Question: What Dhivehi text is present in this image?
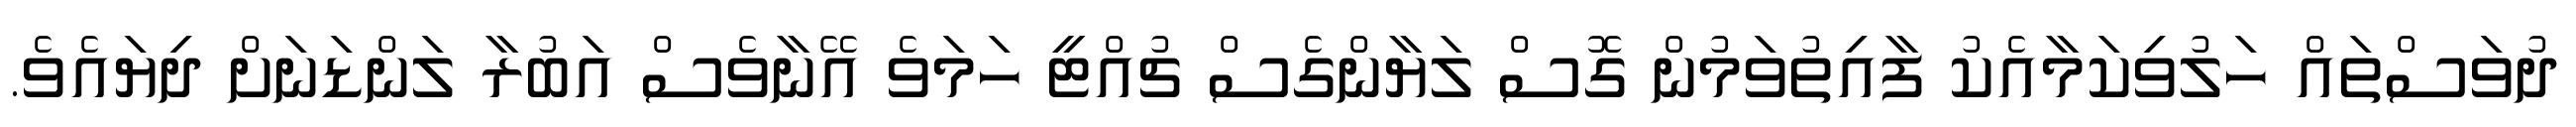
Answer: ދުވަސްތައް ހަލުވިކަމާއެކު ފާއިތުވަމުން ގޮސް ލަޔާންގެސް ޗުއްޓީ ހަމަވެ އޭނާވެސް އަބުރާ ލަންޑަނަށް ދިޔައެވެ.